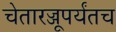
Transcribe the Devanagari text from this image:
चेतारज्जूपर्यंतच